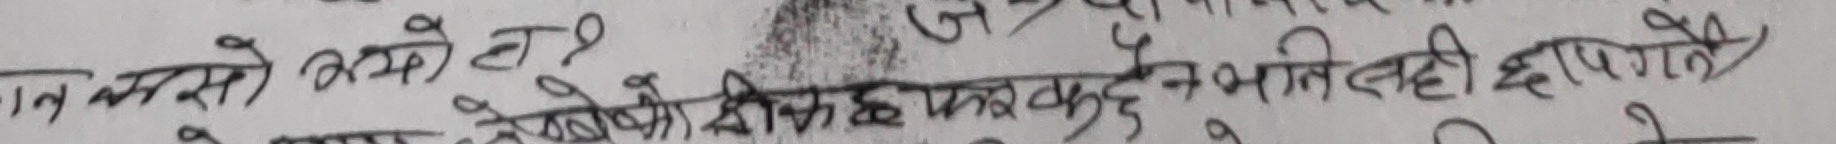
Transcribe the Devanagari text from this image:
बात करो तो क्यों?
देशको हितका कुरा कुनै पनि नेतृत्वले नहीं छाप्दैनन्